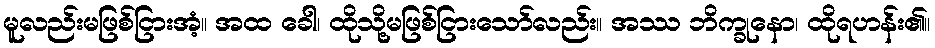
မူလည်းမဖြစ်ငြားအံ့။ အထ ခေါ၊ ထိုသို့မဖြစ်ငြားသော်လည်း။ အဿ ဘိက္ခုနော၊ ထိုရဟန်း၏။